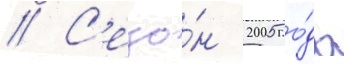
// С'езо́н 2005 го́да